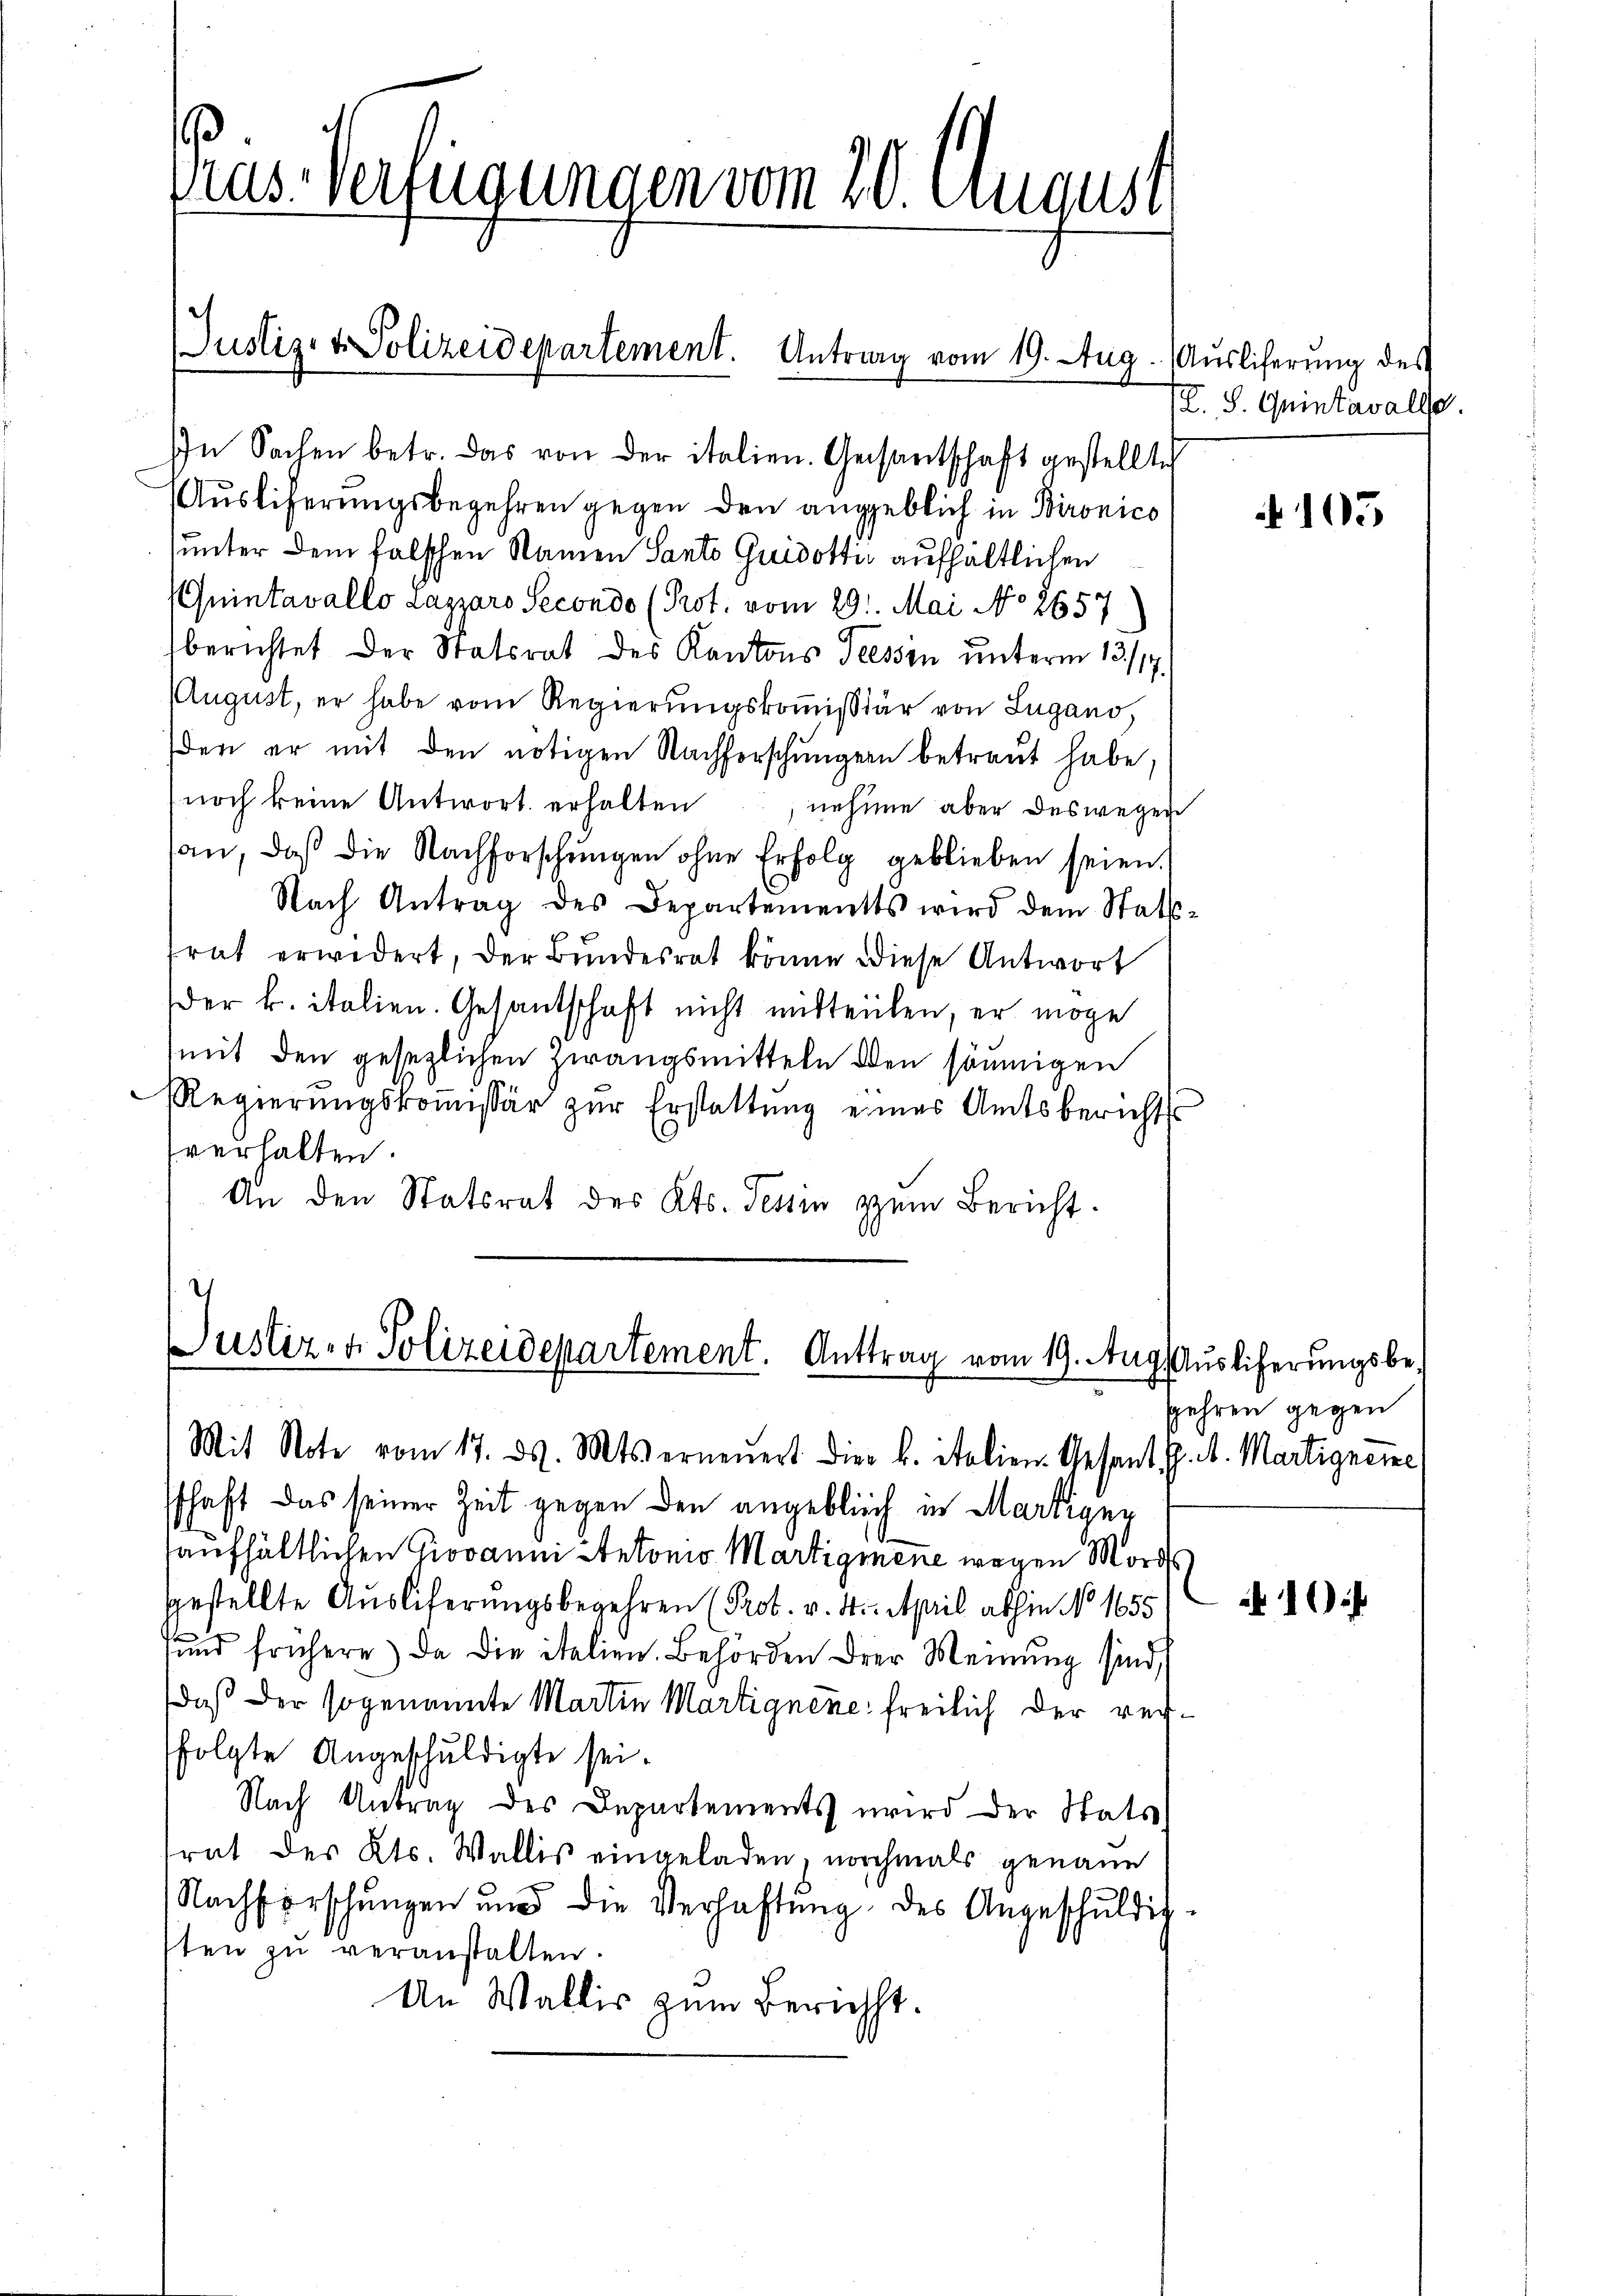
Pras-Verfügungen vom 20. August

Justiz- & Polizeidepartement. Antrag vom 19. Aug.

In Sachen betr. das von der italien. Gesantschaft gestellte
Auslieferungsbegehren gegen den angeblich in Bironico
unter dem falschen Namen Santo Guidottiv aufhältlichen
Quintavallo Lazzaro Secondo (Prot. vom 29. Mai No 2657
berichtet der Statsrat des Kantons Tessin unterm 13./17.
August, er habe vom Regierŭngskoṁissiär von Lugano,
den er mit den nötigen Nachforschungen betraut habe,
noch keine Antwort erhalten
nehme aber deswegen
an, daß die Nachforschŭngen ohne Erfolg geblieben seien.
Nach Antrag des Departements wird dem Statt-
frat erwidert, der Bŭndesrat könne diese Antwort
der k. italien. Gesantschaft nicht mitteilen, er möge
(mit den gesezlichen Zwangsmitteln den säumigen
RRegierŭngskoṁissär zŭr Erstattŭng eines Amtsberichts
verhalten
An den Statsrat des Kts. Tessin zum Bericht.

Justiz- & Polizeidepartement. Anttrag vom 19. Aug.

Mit Note vom 17. ds. Mts. erneuert die k. italien-Gesant J. A. Martigneme
schaft das seiner Zeit gegen den angeblich in Martiger
aufhältlichen Giovanni Antonio Martigmene wegen Mordes
gestellte Auslieferungsbegehren (Prot. v. 4. April abhin No. 1655
und frühere da die italien. Behörden der Meinŭng sind,
daß der sogenannte Martin Martignene freilich der rechfolgte Angeschuldigte sei.
Nach Antrag des Departements wird der Stats
trat des Kts. Wallis eingeladen, nochmals genaue
Nachforschungen und die Verhaftung des Angeschuldigten zŭ veranstalten.
An Wallis zum Bericht.

Auslicherung des
(L. S. Quinkavalle

105

Auslieferungsbegehren gegen

10